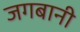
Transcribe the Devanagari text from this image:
जगबानी